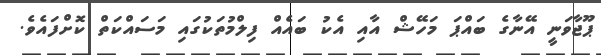
ޕޫޖާވަނީ އޭނާގެ ބައްޕަ މަހޭޝް އާއި އެކު ބައެއް ފިލްމުތަކުގައި މަސައްކަތް ކޮށްފައެވެ.